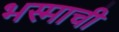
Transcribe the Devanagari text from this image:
भस्माची